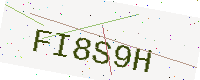
Text: FI8S9H